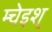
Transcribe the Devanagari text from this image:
म्चेइश्